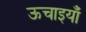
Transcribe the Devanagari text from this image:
ऊचाइयाँ